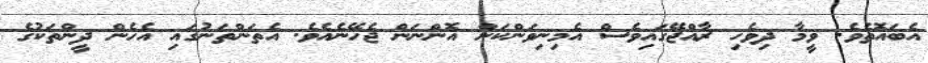
އެބައޮތެވެ. ވީމާ ދިވެހި ރާއްޖޭގައިވެސް އެމިނިވަންކަން އޮންނަން ޖެހޭނެއެވެ. އެތަންތަނުގައި އެހެން ދީންތަކުގެ